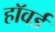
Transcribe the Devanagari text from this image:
हाॅवर्ड